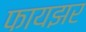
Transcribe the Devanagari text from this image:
फायझर